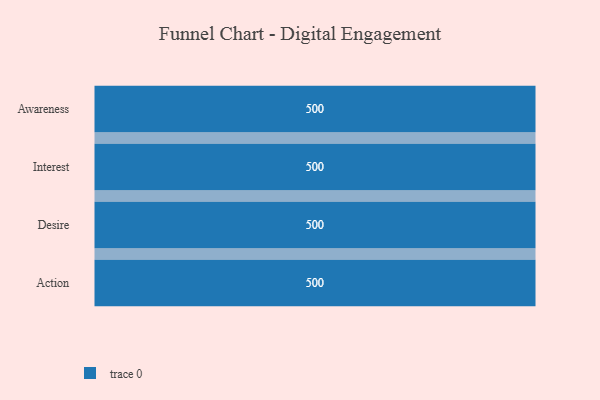
{"axis": {"x": "Stage", "y": "Value"}, "legend": [""], "data": [{"x": "Awareness", "y": 500, "type": ""}, {"x": "Interest", "y": 500, "type": ""}, {"x": "Desire", "y": 500, "type": ""}, {"x": "Action", "y": 500, "type": ""}]}